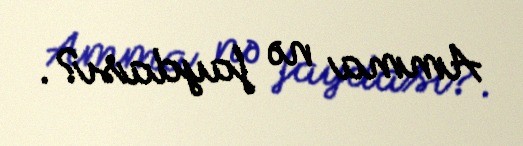
Amma nə faydası?.